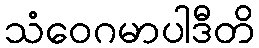
သံဝေဂမာပါဒီတိ